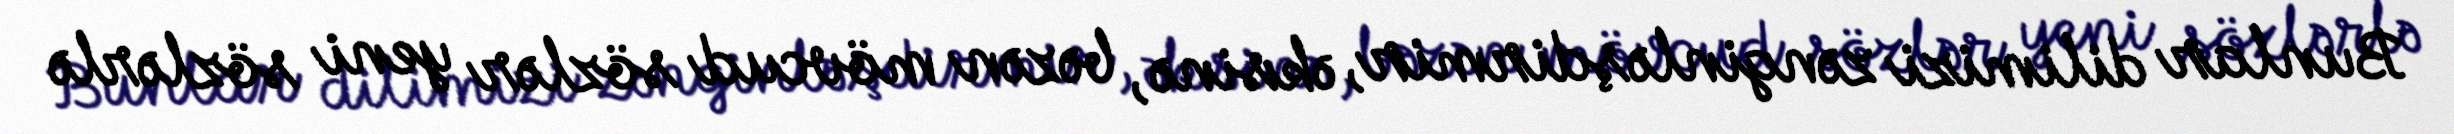
Bunlar dilimizi zənginləşdirmir, əksinə, bəzən mövcud sözlər yeni sözlərlə